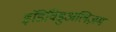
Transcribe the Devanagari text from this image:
इंडिविडुअलिज़म